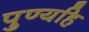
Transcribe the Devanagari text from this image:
पुण्यहि